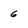
Character: 6